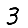
Digit: 3